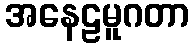
အနေဠမူဂတာ